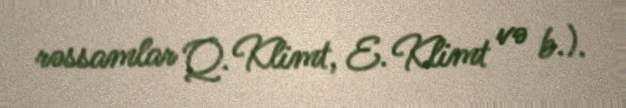
rəssamlar Q. Klimt, E. Klimt və b.).